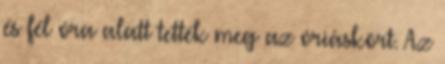
és fél óra alatt tették meg az óriáskört. Az